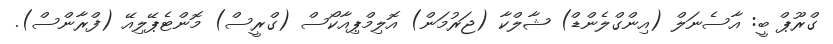
ގްރޫޕް ބީ: އާސެނަލް (އިންގްލެންޑް) ޝާލްކާ (ޖަރުމަން) އޮލިމްޕިއާކޯސް (ގްރީސް) މޮންޓެޕޭލިއޭ (ފްރާންސް).